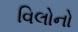
વિલોનો